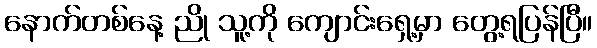
နောက်တစ်နေ့ ညို သူ့ကို ကျောင်းရှေ့မှာ တွေ့ရပြန်ပြီ။